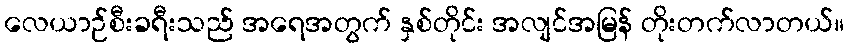
လေယာဉ်စီးခရီးသည် အရေအတွက် နှစ်တိုင်း အလျင်အမြန် တိုးတက်လာတယ်။